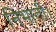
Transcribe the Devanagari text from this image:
निभाती।